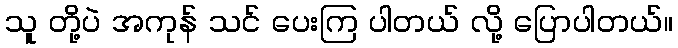
သူ တို့ပဲ အကုန် သင် ပေးကြ ပါတယ် လို့ ပြောပါတယ်။